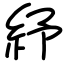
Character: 紓